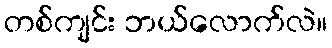
တစ်ကျင်း ဘယ်လောက်လဲ။